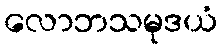
လောဘသမုဒယံ